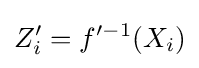
Z_{i}'=f'^{-1}(X_{i})